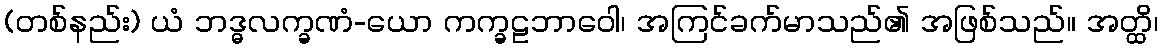
(တစ်နည်း) ယံ ဘဒ္ဓလက္ခဏံ-ယော ကက္ခဠဘာဝေါ၊ အကြင်ခက်မာသည်၏ အဖြစ်သည်။ အတ္ထိ၊